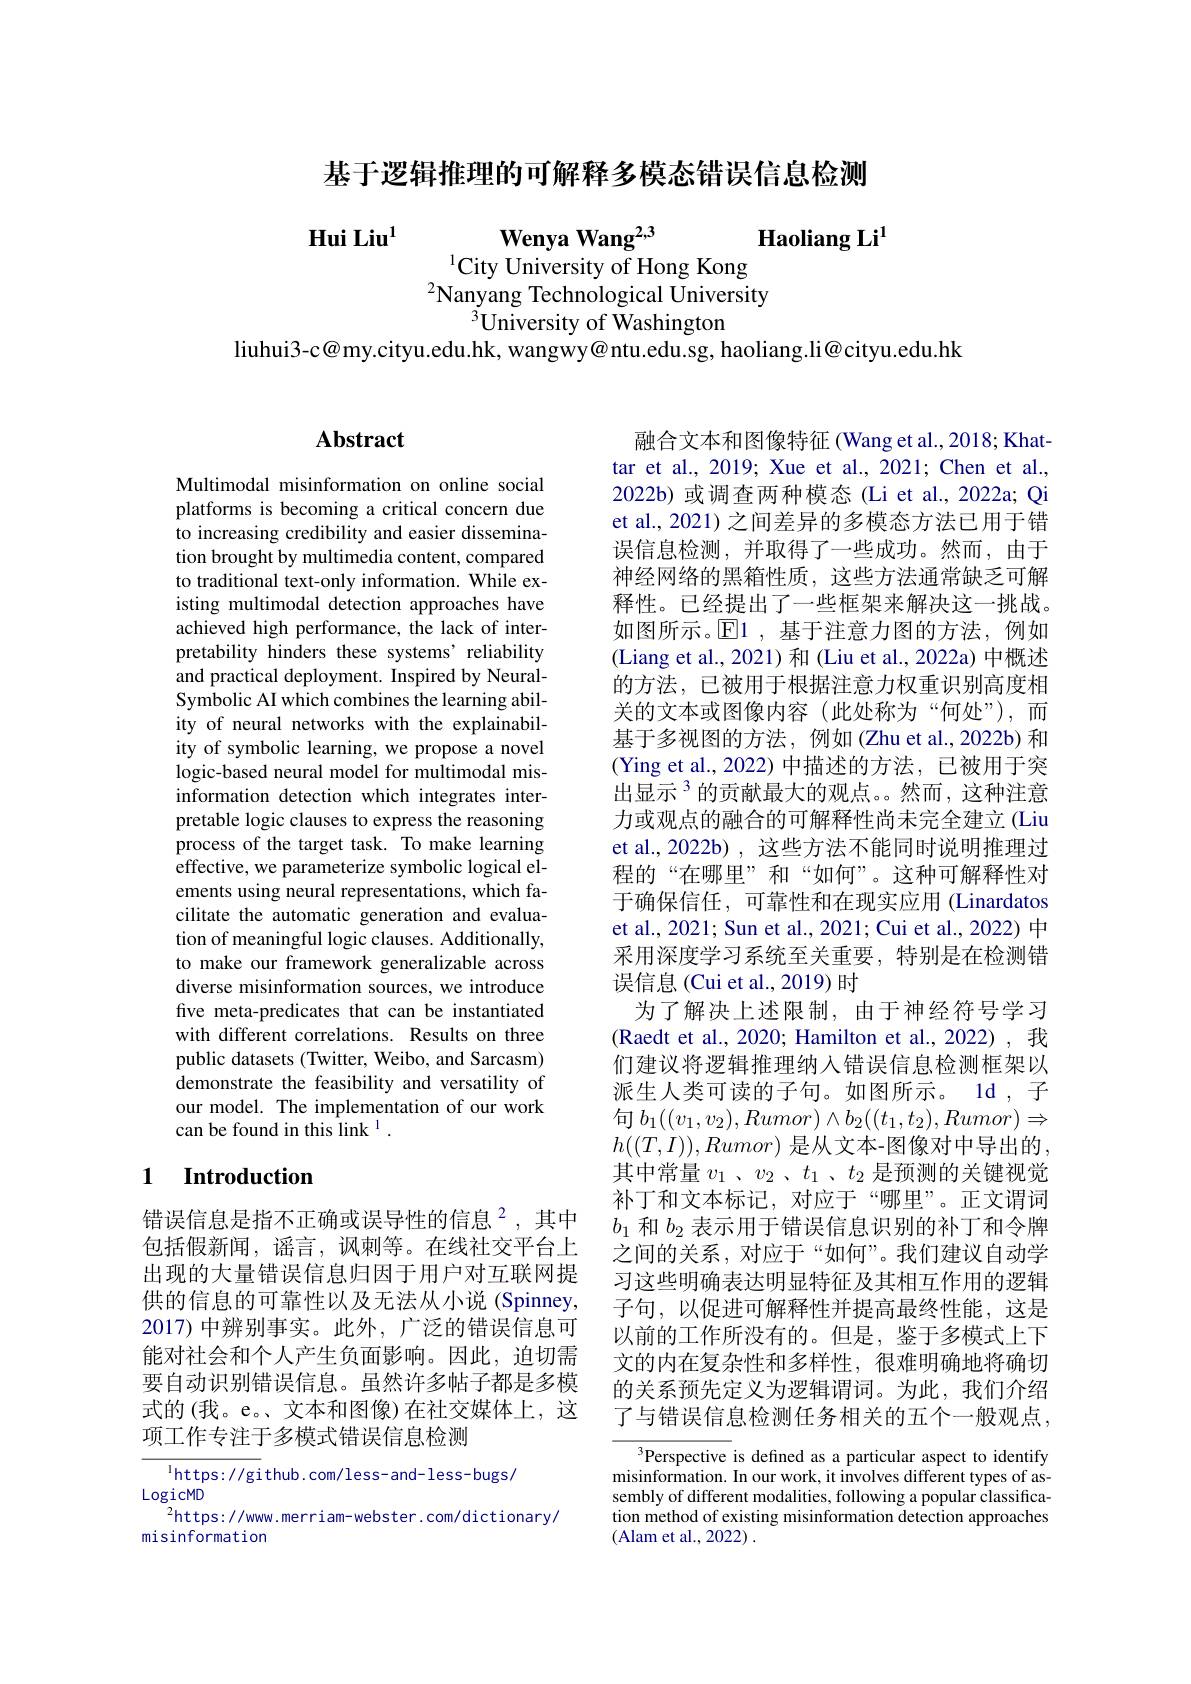
基于逻辑推理的可解释多模态错误信息检测

Hui Liu$^{1}$
Wenya Wang$^{2,3}$ Haoliang Li$^{1}$
$^{1}$City University of Hong Kong $^{2}$Nanyang Technological University
$^{3}$University of Washington

liuhui3-c@my.cityu.edu.hk, wangwy@ntu.edu.sg, haoliang.li@cityu.edu.hk

### $\mathbf{Abstract}$

Multimodal misinformation on online social platforms is becoming a critical concern due to increasing credibility and easier dissemination brought by multimedia content, compared to traditional text-only information. While existing multimodal detection approaches have achieved high performance, the lack of interpretability hinders these systems' reliability and practical deployment. Inspired by NeuralSymbolic AI which combines the learning ability of neural networks with the explainability of symbolic learning, we propose a novel logic-based neural model for multimodal misinformation detection which integrates interpretable logic clauses to express the reasoning process of the target task. To make learning effective, we parameterize symbolic logical elements using neural representations, which facilitate the automatic generation and evaluation of meaningful logic clauses. Additionally, to make our framework generalizable across diverse misinformation sources, we introduce five meta-predicates that can be instantiated with different correlations. Results on three public datasets (Twitter, Weibo, and Sarcasm) demonstrate the feasibility and versatility of our model. The implementation of our work can be found in this link $^{1}.$

### 1 $\textbf{Introduction}$

错误信息是指不正确或误导性的信息$^{2}$,其中包括假新闻，谣言，讽刺等。在线社交平台上出现的大量错误信息归因于用户对互联网提供的信息的可靠性以及无法从小说(Spinney, 2017) 中辨别事实。此外，广泛的错误信息可能对社会和个人产生负面影响。因此，迫切需要自动识别错误信息。虽然许多帖子都是多模式的(我。e。、文本和图像)在社交媒体上，这项工作专注于多模式错误信息检测

$^{1}$https://github.com/less-and-less-bugs/
LogicMD
$^{2}$https://www.merriam-webster.com/dictionary/
misinformation

融合文本和图像特征 (Wang et al., 2018; Khattar et al., 2019; Xue et al., 2021; Chen et al., 2022b) 或调查两种模态 (Li et al., 2022a; Qi et al., 2021) 之间差异的多模态方法已用于错误信息检测，并取得了一些成功。然而，由于神经网络的黑箱性质，这些方法通常缺乏可解释性。已经提出了一些框架来解决这一挑战。如图所示。$\operatorname{E}$1 ,基于注意力图的方法，例如(Liang et al., 2021) 和 (Liu et al., 2022a) 中概述的方法，已被用于根据注意力权重识别高度相关的文本或图像内容(此处称为“何处”),而基于多视图的方法，例如(Zhu et al.,2022b) 和(Ying et al.,2022)中描述的方法，已被用于突出显示$^{3}$的贡献最大的观点。然而，这种注意力或观点的融合的可解释性尚未完全建立 (Liu et al.,2022b),这些方法不能同时说明推理过程的“在哪里”和“如何”。这种可解释性对于确保信任，可靠性和在现实应用 (Linardatos et al., 2021; Sun et al., 2021; Cui et al., 2022) 中采用深度学习系统至关重要，特别是在检测错误信息(Cui et al., 2019)时
为了解决上述限制，由于神经符号学习(Raedt et al., 2020; Hamilton et al., 2022), 我们建议将逻辑推理纳入错误信息检测框架以派生人类可读的子句。如图所示。1d , 子句$b_1((v_1,v_2),Rumor)\wedge b_2((t_1,t_2),Rumor)\Rightarrow$ $h((T,I)),Rumor)$是从文本-图像对中导出的， 其中常量$v_1$、$v_2$、$t_1$、$t_2$ 是预测的关键视觉补丁和文本标记，对应于“哪里”。正文谓词$b_1$和$b_2$表示用于错误信息识别的补丁和令牌之间的关系，对应于“如何”。我们建议自动学习这些明确表达明显特征及其相互作用的逻辑子句，以促进可解释性并提高最终性能，这是以前的工作所没有的。但是，鉴于多模式上下文的内在复杂性和多样性，很难明确地将确切的关系预先定义为逻辑谓词。为此，我们介绍了与错误信息检测任务相关的五个一般观点，
$^3$Perspective is defined as a particular aspect to identify

misinformation. In our work, it involves different types of as- $\begin{array}{l}\text{sembly of different modalities, following a popular classifica-}\\\text{tion method of existing misinformation detection approaches}\end{array}$ (Alam et al., 2022) .